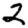
Digit: 2